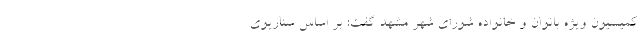
کمیسیون ویژه بانوان و خانواده شورای شهر مشهد گفت: بر اساس سناریوی